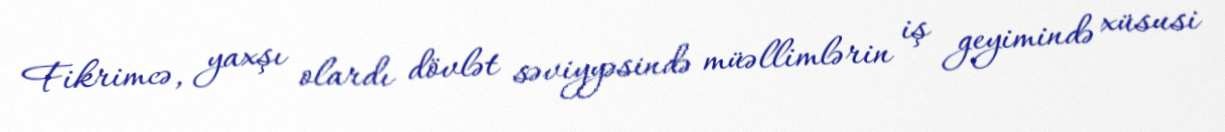
Fikrimcə, yaxşı olardı dövlət səviyyəsində müəllimlərin iş geyimində xüsusi